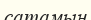
сатамын